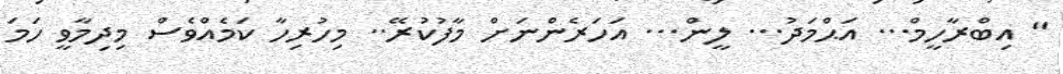
" އިބްރާހީމް... އަޙްމަދު... ލީން... އަހަރެންނަށް މާފުކުރޭ.. މިހުރިހާ ކަމެއްވެސް މިދިމާވީ ހަމަ